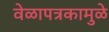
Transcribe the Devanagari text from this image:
वेळापत्रकामुळे